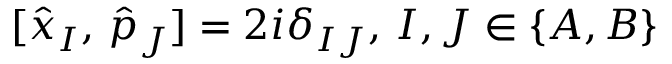
[ \hat { x } _ { I } , \, \hat { p } _ { J } ] = 2 i \delta _ { I J } , \, I , J \in \{ A , B \}